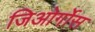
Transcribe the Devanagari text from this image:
जिओर्गोस